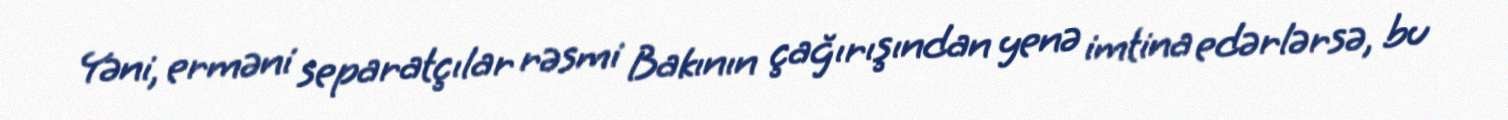
Yəni, erməni separatçılar rəsmi Bakının çağırışından yenə imtina edərlərsə, bu